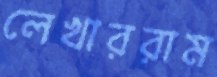
লেখাররাম